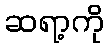
ဆရာ့ကို